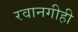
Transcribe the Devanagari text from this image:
रवानगीही